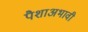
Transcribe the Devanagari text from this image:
पैशाअभावी